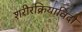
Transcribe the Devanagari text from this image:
शरीरक्रियाविदों